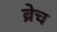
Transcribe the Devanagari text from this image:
ब्रेच